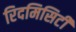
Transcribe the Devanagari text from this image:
रिदमिसिटी